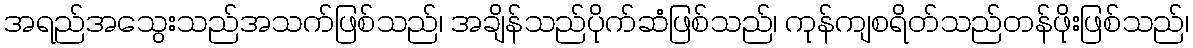
အရည်အသွေးသည်အသက်ဖြစ်သည်၊ အချိန်သည်ပိုက်ဆံဖြစ်သည်၊ ကုန်ကျစရိတ်သည်တန်ဖိုးဖြစ်သည်၊